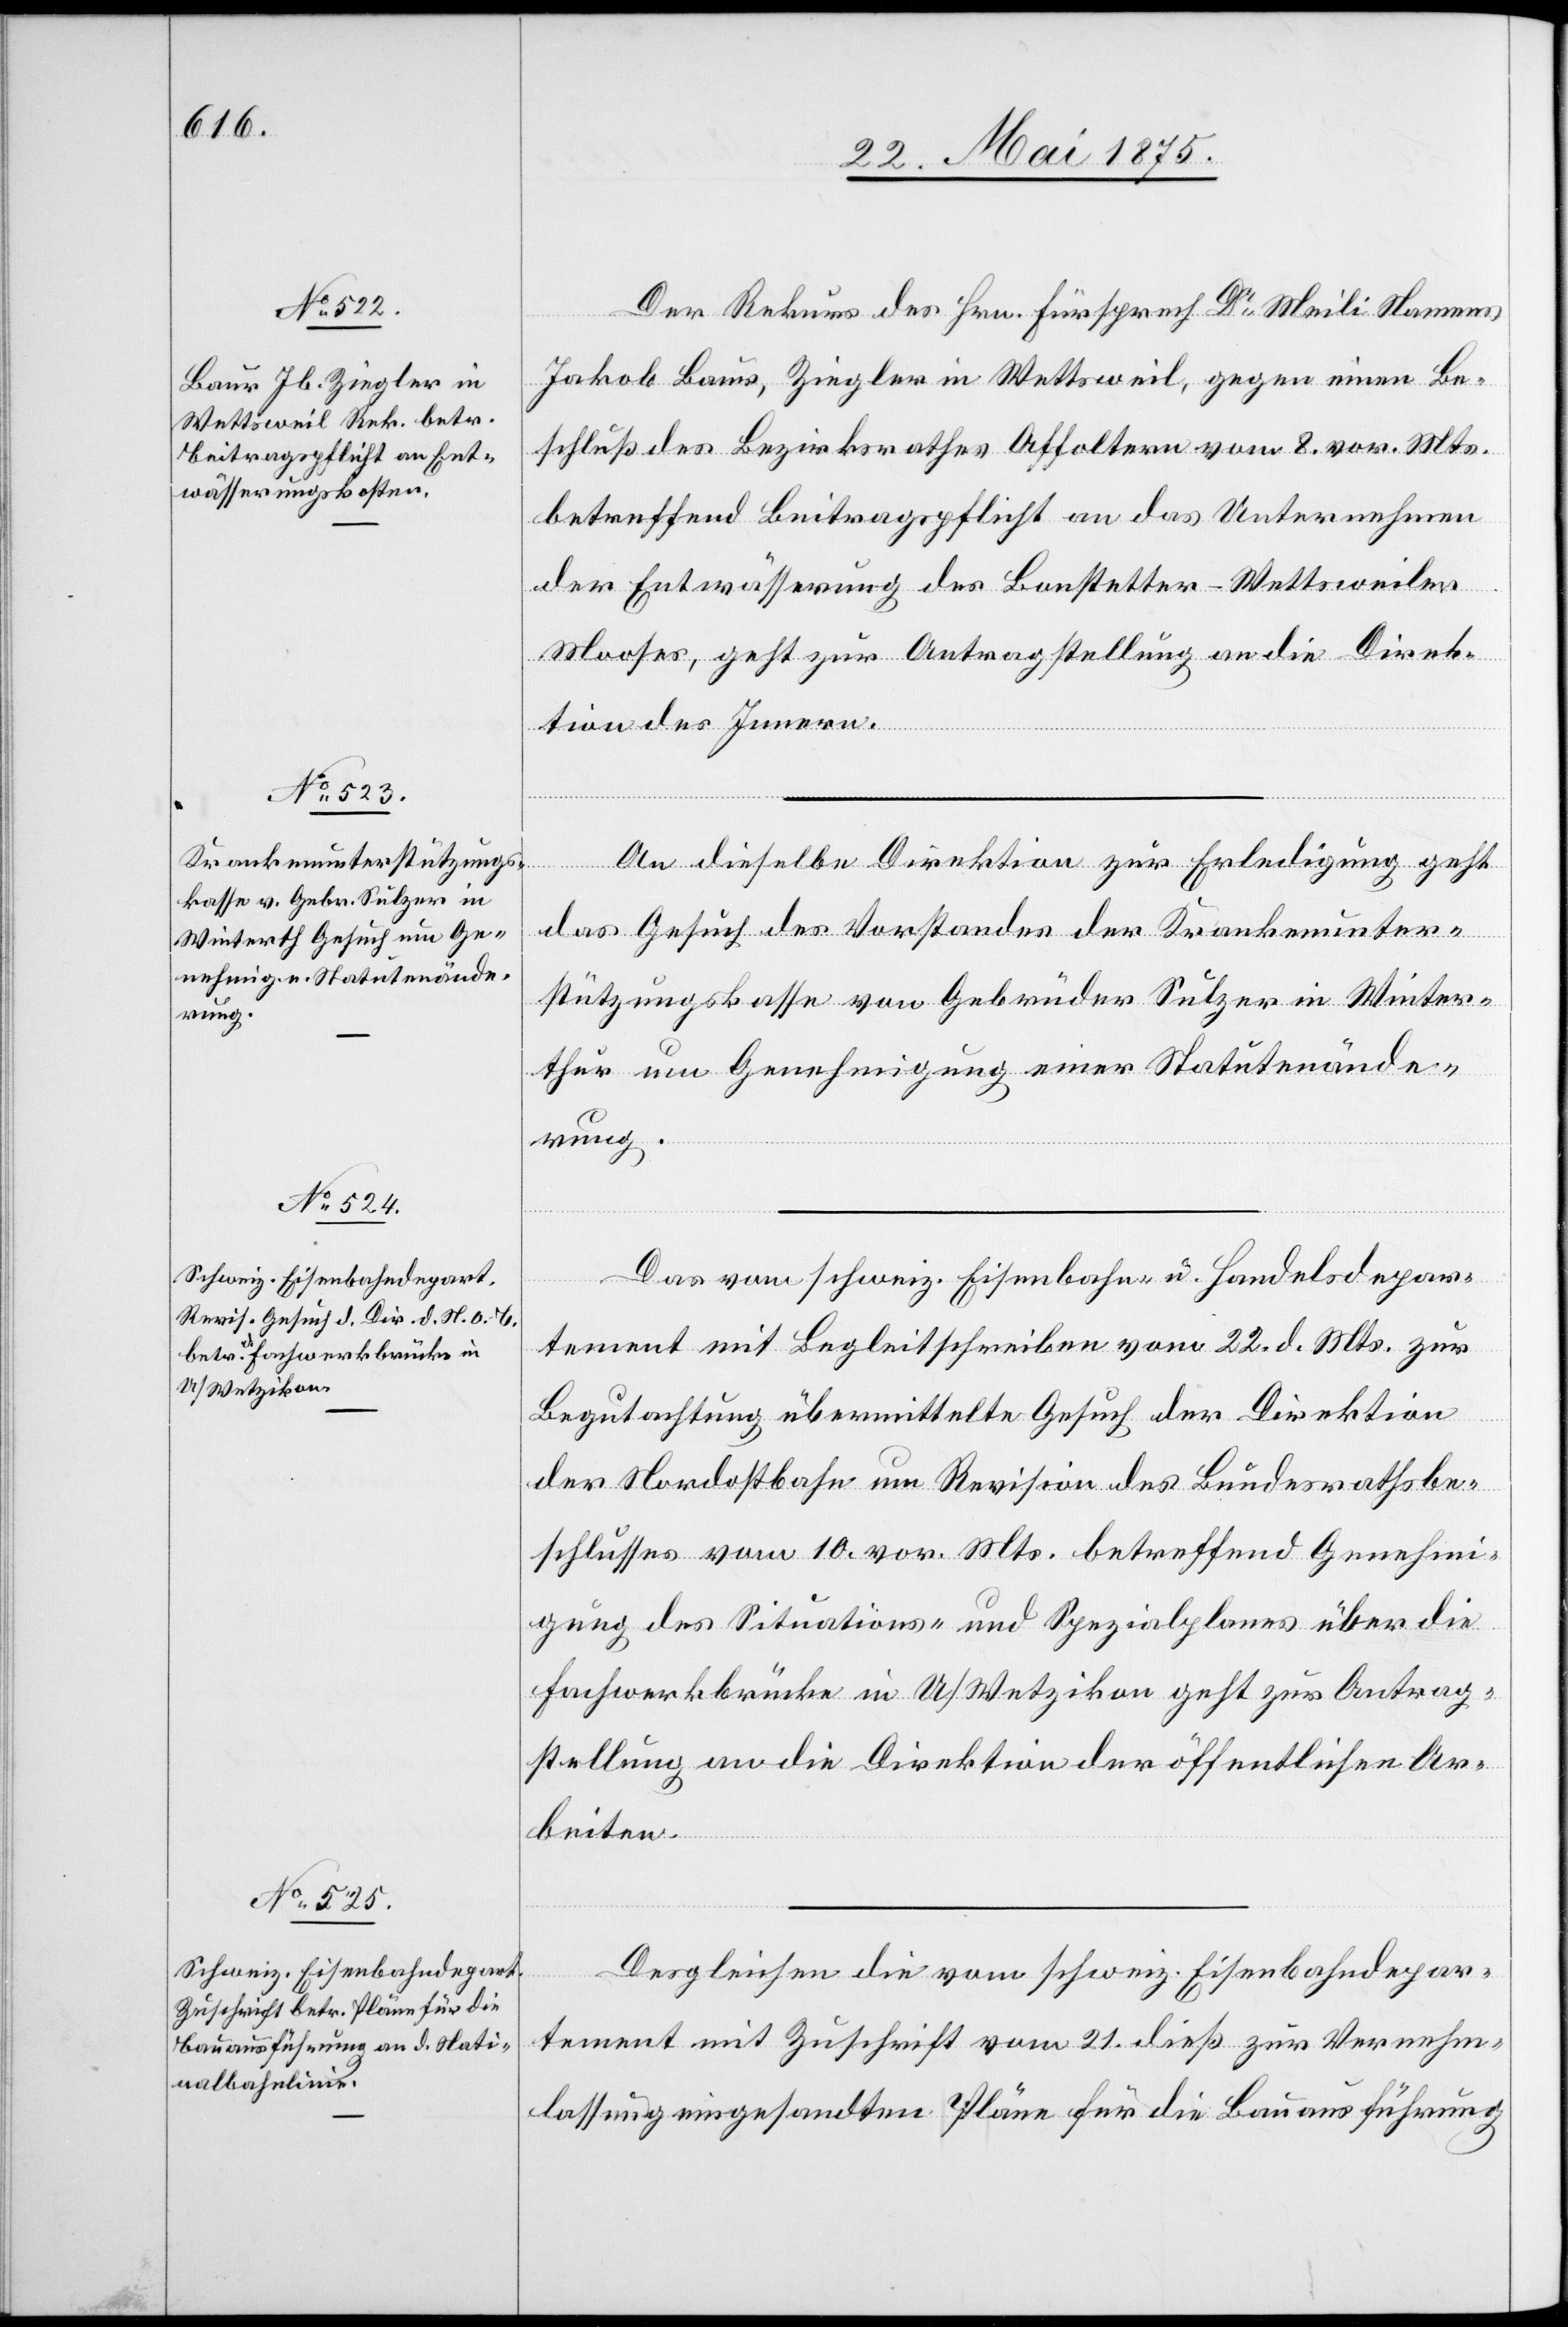
24. Mai 1875.]
Der Rekurs des Hrn. Fürsprech Dr Meili Namens
Jakob Baur, Ziegler in Wettsweil, gegen einen Be¬
schluß des Bezirksrathes Affoltern vom 8. vor. Mts.
betreffend Beitragspflicht an das Unternehmen
der Entwässerung des Bonstetter-Wettsweiler
Mooses, geht zur Antragstellung an die Direk¬
tion des Innern.
das Gesuch des Vorstandes der Krankenunter¬
stützungskasse von Gebrüder Sulzer in Winter¬
thur um Genehmigung einer Statutenände¬
rung.
tions-
Das vom schweiz. Eisenbahn- u. Handelsdepar¬
tement mit Begleitschreiben vom 22. d. Mts. zur
Begutachtung übermittelte Gesuch der Direktion
der Nordostbahn um Revision des Bundesrathsbe¬
Fachwerkbrücke in U/Wetzikon geht zur Antrag¬
stellung an die Direktion der öffentlichen Ar¬
beiten.
schlusses
Desgleichen die vom schweiz. Eisenbahndepar¬
tement mit Zuschrift vom 21. dieß zur Vernehm¬
lassung eingesandten Pläne für die Bauausführung